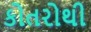
કોતરોથી